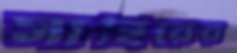
সাব্বিরের